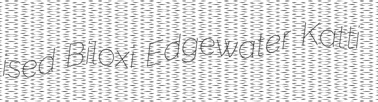
ised Biloxi Edgewater Katti